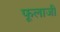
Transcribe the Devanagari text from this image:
फूलाजी